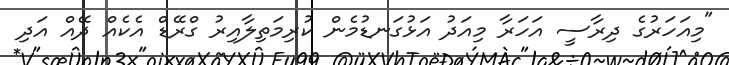
"މިއަހަރުގެ ދިރާސީ އަހަރާ މިއަދު އަޅުގަނޑުމެން ކުރިމަތިލާއިރު ގްރޭޑް އެކެއް ދޭއް އަދި